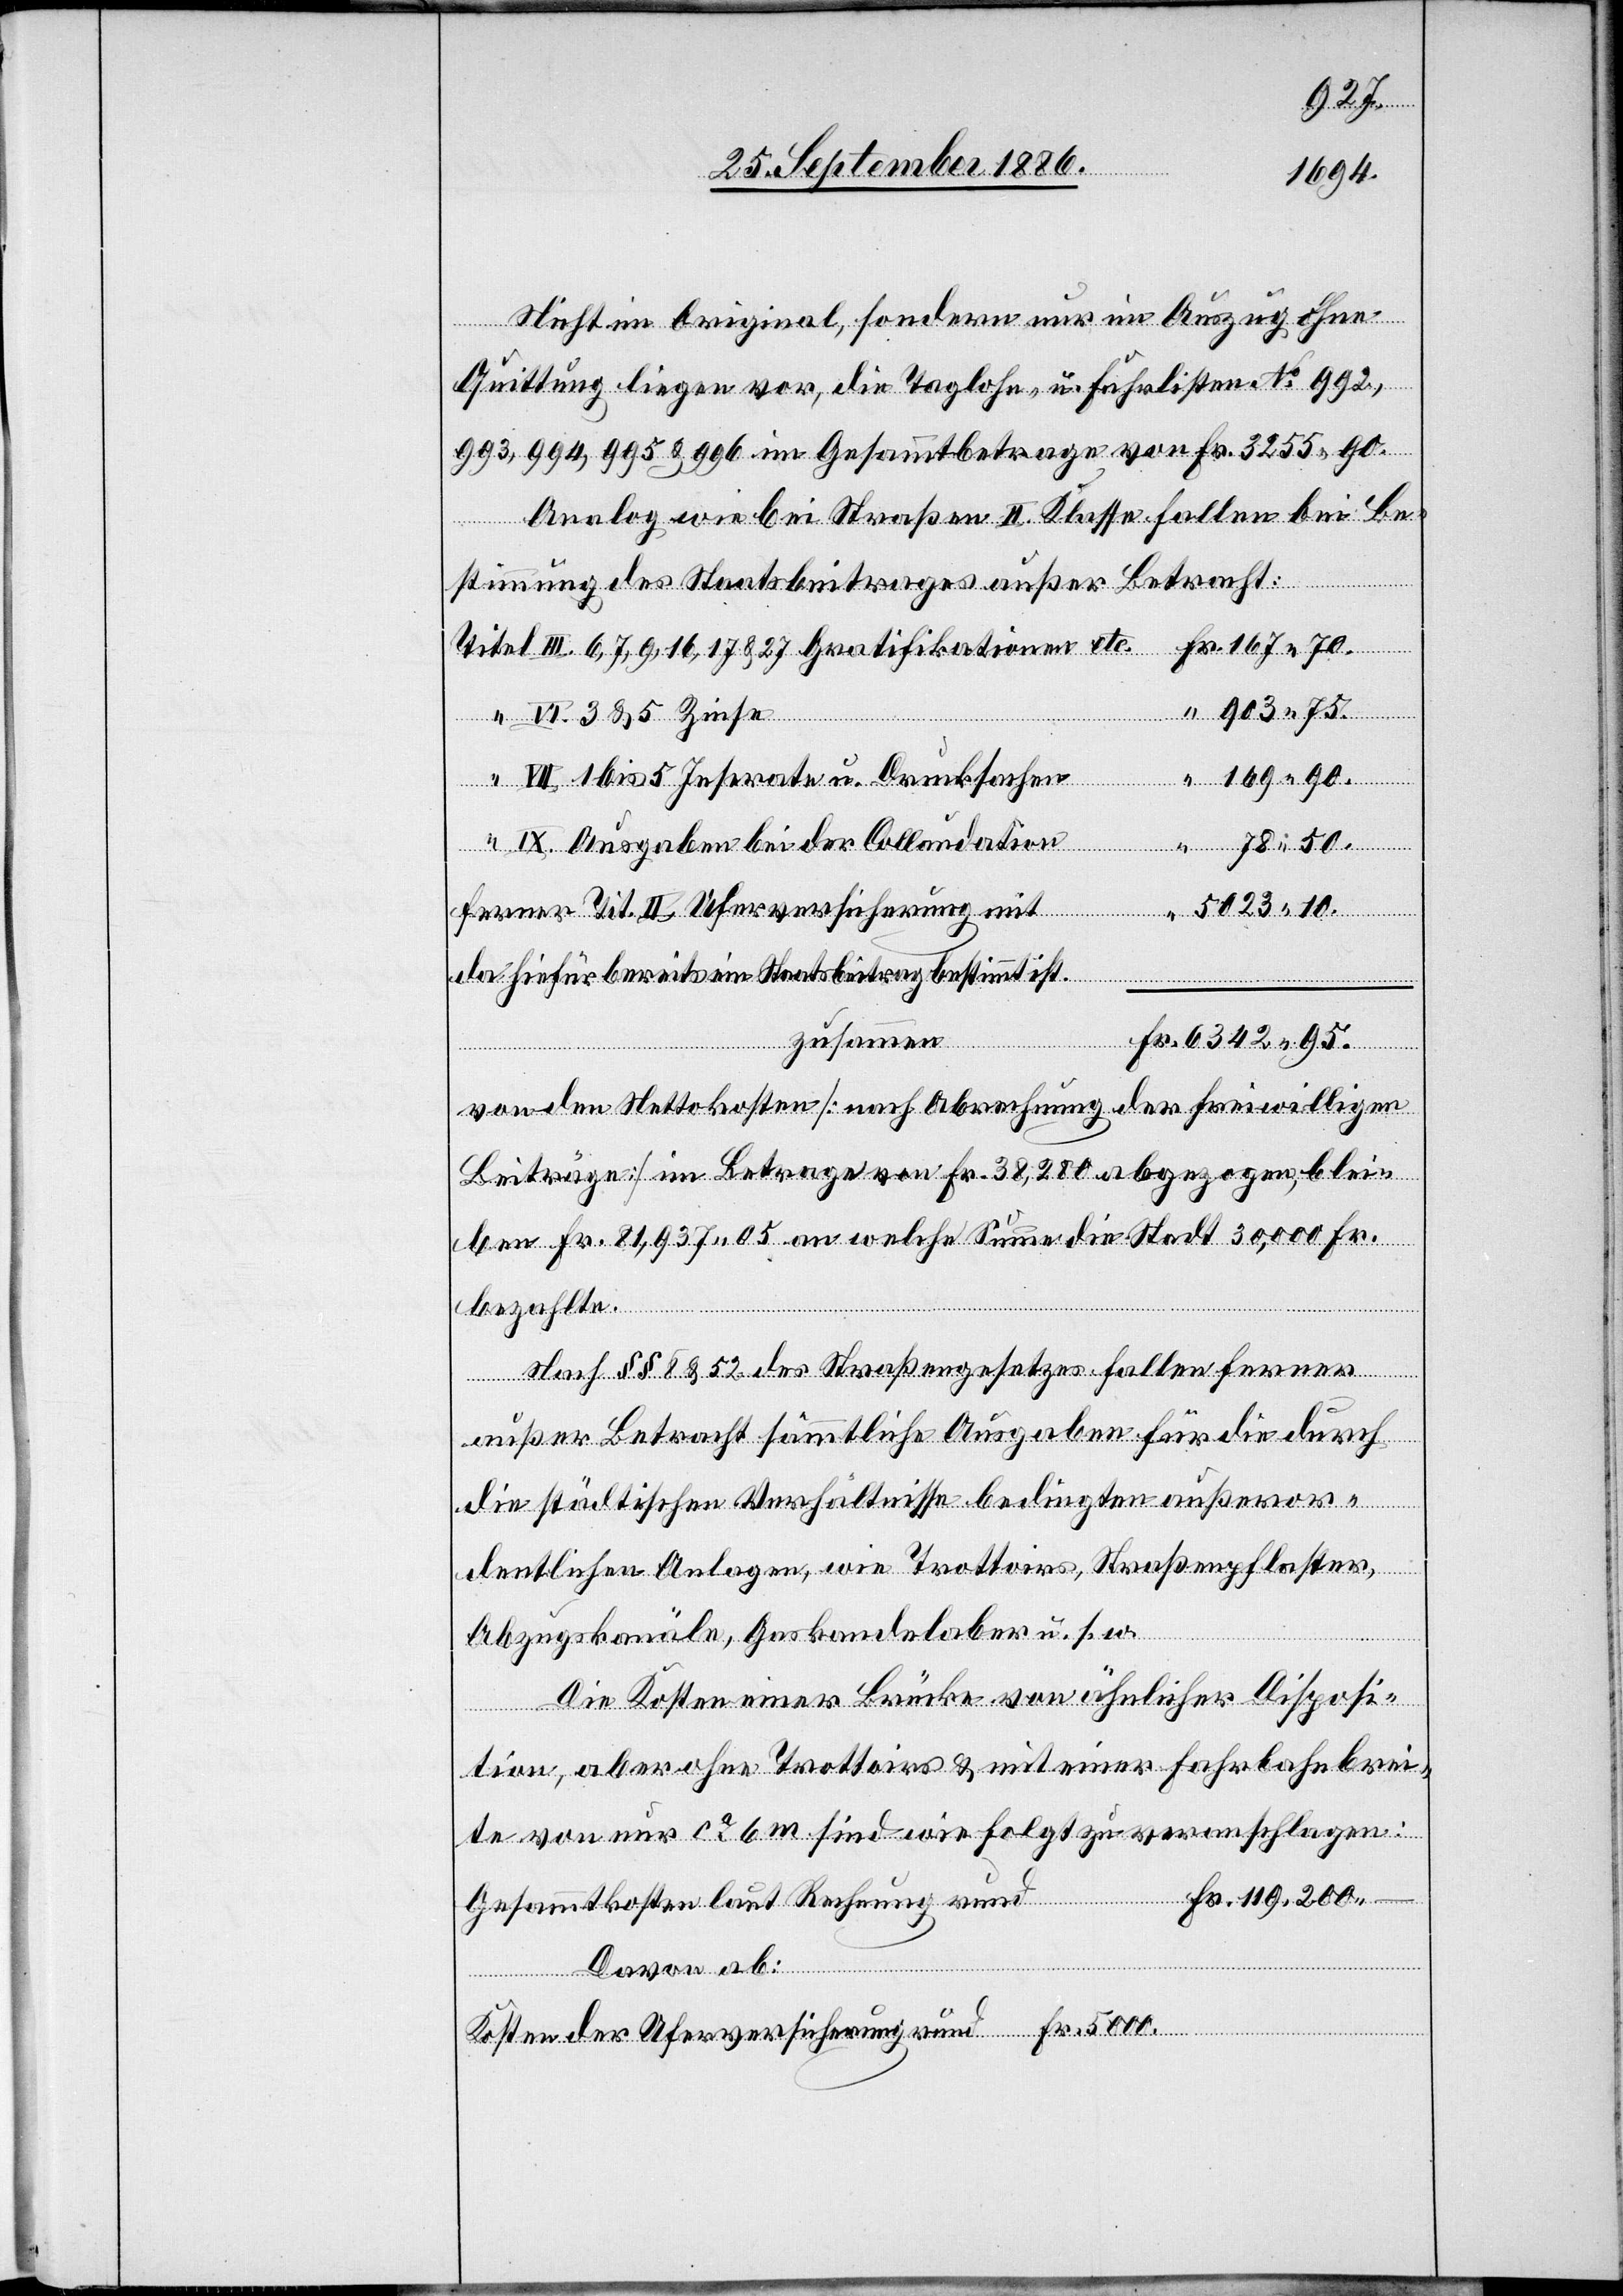
5000.
Nicht im Original, sondern nur im Auszug ohne
Quittung liegen vor, die Taglohn- u. Fuhrlisten No 992,
993, 994, 995 & 996 im Gesammtbetrage von Fr. 3255 90.
Analog wie bei Straßen II. Klasse fallen bei Be¬
stimmung des Staatsbeitrages außer Betracht:
“
Uferver¬
Ausgaben bei der Collaudation
da hiefür bereits ein Staatsbeitrag bestimmt ist.
laut Rechnung
zusammen
etc.
von den Nettokosten [nach Abrechnung der freiwilligen
Beiträge] im Betrage von Fr. 38,280 abgezogen, blei¬
ben Fr. 81,937 05 an welche Summe die Stadt 30,000 Fr.
bezahlte.
rund
Nach §§ 8 & 52 des Straßengesetzes fallen ferner
außer Betracht sämmtliche Ausgaben für die durch
städtische Verhältnisse bedingten außeror¬
Fr.
dentlichen Anlagen, wie Trottoirs, Straßenpflaster,
Abzugskanäle, Gaskandelaber u. s. w.
Die Kosten einer Brücke von ähnlicher Disposi¬
tion, aber ohne Trottoirs & mit einer Fahrbahnbrei¬
te von nur ca 6 m sind wie folgt zu veranschlagen:
Davon ab:
Kosten der Uferversicherung rund